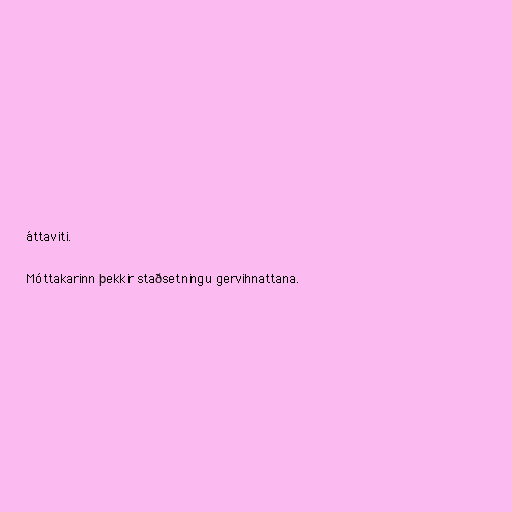
áttaviti.

Móttakarinn þekkir staðsetningu gervihnattana.